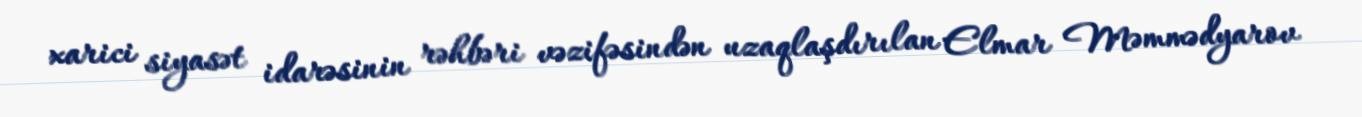
xarici siyasət idarəsinin rəhbəri vəzifəsindən uzaqlaşdırılan Elmar Məmmədyarov